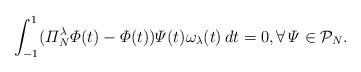
LaTeX: \begin{align*}\int_{-1}^1 ( \varPi_N^\lambda \varPhi(t)-\varPhi(t))\varPsi(t) \omega_\lambda(t)\, dt=0,\forall\,\varPsi\in {\mathcal P}_N.\end{align*}